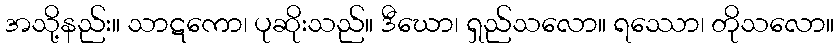
အသို့နည်း။ သာဋကော၊ ပုဆိုးသည်။ ဒီဃော၊ ရှည်သလော။ ရဿော၊ တိုသလော။